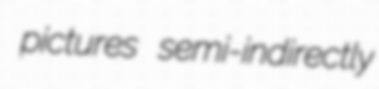
pictures semi-indirectly